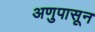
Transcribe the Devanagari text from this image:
अणुपासून